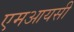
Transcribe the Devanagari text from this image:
एमआयसी